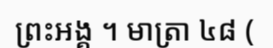
ព្រះអង្គ ។ មាត្រា ៤៨ (